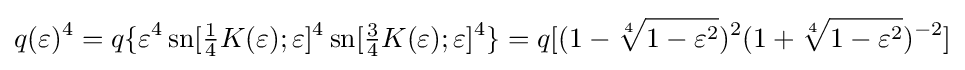
q(\varepsilon )^{4}=q\{\varepsilon ^{4}\operatorname {sn} [{\tfrac {1}{4}}K(\varepsilon );\varepsilon ]^{4}\operatorname {sn} [{\tfrac {3}{4}}K(\varepsilon );\varepsilon ]^{4}\}=q[(1-{\sqrt[{4}]{1-\varepsilon ^{2}}})^{2}(1+{\sqrt[{4}]{1-\varepsilon ^{2}}})^{-2}]